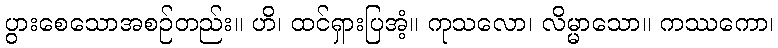
ပွားစေသောအစဉ်တည်း။ ဟိ၊ ထင်ရှားပြအံ့။ ကုသလော၊ လိမ္မာသော။ ကဿကော၊